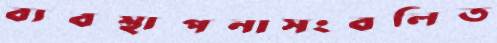
ব্যবস্থাপনাসংবলিত